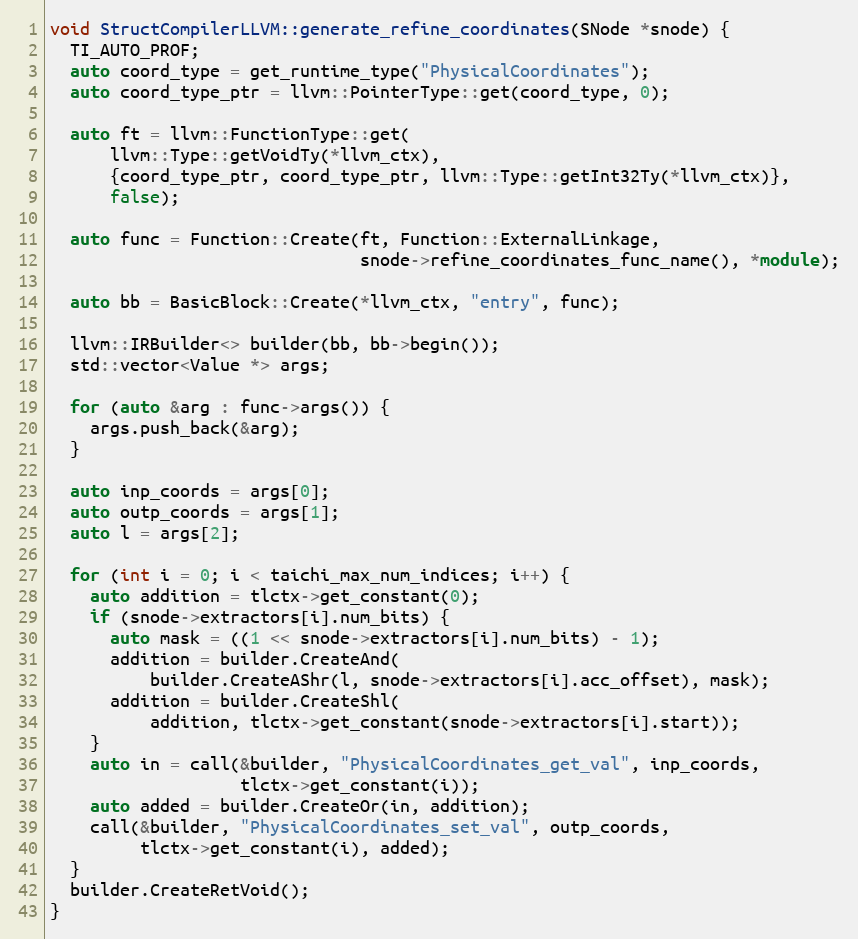
Language: C++
void StructCompilerLLVM::generate_refine_coordinates(SNode *snode) {
  TI_AUTO_PROF;
  auto coord_type = get_runtime_type("PhysicalCoordinates");
  auto coord_type_ptr = llvm::PointerType::get(coord_type, 0);

  auto ft = llvm::FunctionType::get(
      llvm::Type::getVoidTy(*llvm_ctx),
      {coord_type_ptr, coord_type_ptr, llvm::Type::getInt32Ty(*llvm_ctx)},
      false);

  auto func = Function::Create(ft, Function::ExternalLinkage,
                               snode->refine_coordinates_func_name(), *module);

  auto bb = BasicBlock::Create(*llvm_ctx, "entry", func);

  llvm::IRBuilder<> builder(bb, bb->begin());
  std::vector<Value *> args;

  for (auto &arg : func->args()) {
    args.push_back(&arg);
  }

  auto inp_coords = args[0];
  auto outp_coords = args[1];
  auto l = args[2];

  for (int i = 0; i < taichi_max_num_indices; i++) {
    auto addition = tlctx->get_constant(0);
    if (snode->extractors[i].num_bits) {
      auto mask = ((1 << snode->extractors[i].num_bits) - 1);
      addition = builder.CreateAnd(
          builder.CreateAShr(l, snode->extractors[i].acc_offset), mask);
      addition = builder.CreateShl(
          addition, tlctx->get_constant(snode->extractors[i].start));
    }
    auto in = call(&builder, "PhysicalCoordinates_get_val", inp_coords,
                   tlctx->get_constant(i));
    auto added = builder.CreateOr(in, addition);
    call(&builder, "PhysicalCoordinates_set_val", outp_coords,
         tlctx->get_constant(i), added);
  }
  builder.CreateRetVoid();
}